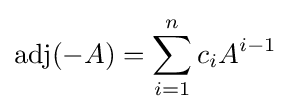
\operatorname {adj} (-A)=\sum _{i=1}^{n}c_{i}A^{i-1}